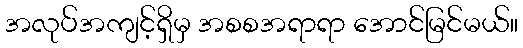
အလုပ်အကျင့်ရှိမှ အစစအရာရာ အောင်မြင်မယ်။